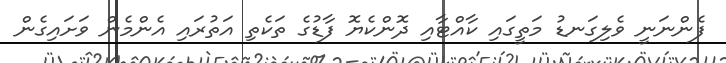
ފެންނަނީ ވެލިގަނޑު މަތީގައި ކާއްޓާއި ދޮންކެޔޮ ފާޑުގެ ތަކެތި އަތުރައި އެންމެން ވަށައިގެން